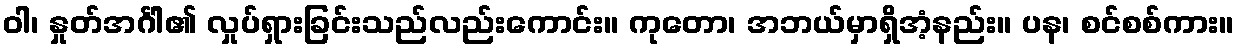
ဝါ၊ နှုတ်အင်္ဂါ၏ လှုပ်ရှားခြင်းသည်လည်းကောင်း။ ကုတော၊ အဘယ်မှာရှိအံ့နည်း။ ပန၊ စင်စစ်ကား။